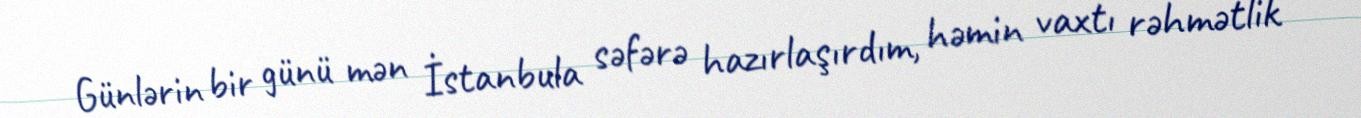
Günlərin bir günü mən İstanbula səfərə hazırlaşırdım, həmin vaxtı rəhmətlik